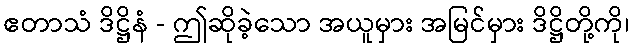
ဧတာသံ ဒိဋ္ဌိနံ - ဤဆိုခဲ့သော အယူမှား အမြင်မှား ဒိဋ္ဌိတို့ကို၊